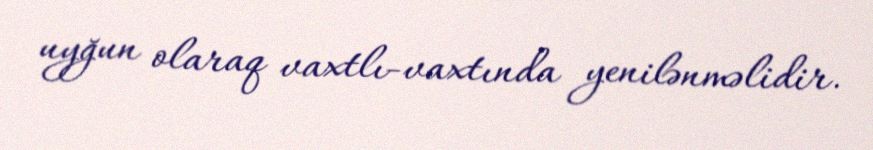
uyğun olaraq vaxtlı-vaxtında yenilənməlidir.